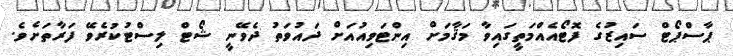
ޕާސްޕޯޓް ސައިޒުގެ ފޮޓޯއެއްމަތީގައިވާ މަޤާމަށް އިންޓަވިއުއަށް ދައުވަތު ދެވޭނީ ޝޯޓް ލިސްޓުކުރެވޭ ފަރާތަށެވެ.